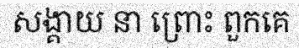
សង្គាយ នា ព្រោះ ពួកគេ